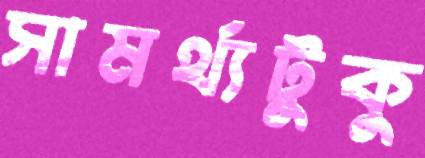
সামর্থ্যটুকু